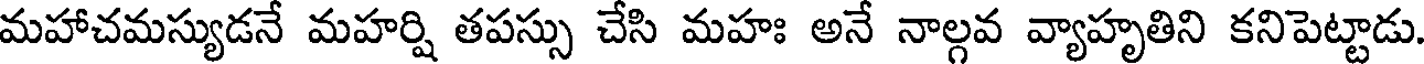
మహాచమస్యుడనే మహర్షి తపస్సు చేసి మహః అనే నాల్గవ వ్యాహృతిని కనిపెట్టాడు